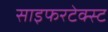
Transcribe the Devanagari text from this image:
साइफरटेक्स्ट